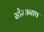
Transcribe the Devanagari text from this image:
सोमानाथ